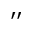
^ { \prime \prime }